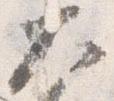
大